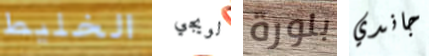
الخليط لويجي بلورة جاندي